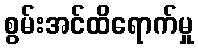
စွမ်းအင်ထိရောက်မှု